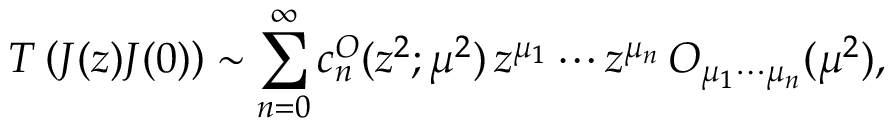
{ \cal T } \left( J ( z ) J ( 0 ) \right) \sim \sum _ { n = 0 } ^ { \infty } c _ { n } ^ { \cal O } ( z ^ { 2 } ; \mu ^ { 2 } ) \, z ^ { \mu _ { 1 } } \cdots z ^ { \mu _ { n } } \, { \cal O } _ { \mu _ { 1 } \cdots \mu _ { n } } ( \mu ^ { 2 } ) ,